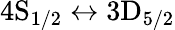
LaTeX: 4\textrm{S}_{1/2}\leftrightarrow 3\textrm{D}_{5/2}